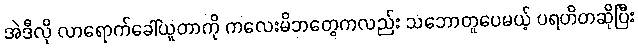
အဲဒီလို လာရောက်ခေါ်ယူတာကို ကလေးမိဘတွေကလည်း သဘောတူပေမယ့် ပရဟိတဆိုပြီး